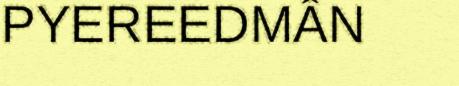
PYEREEDMÂN